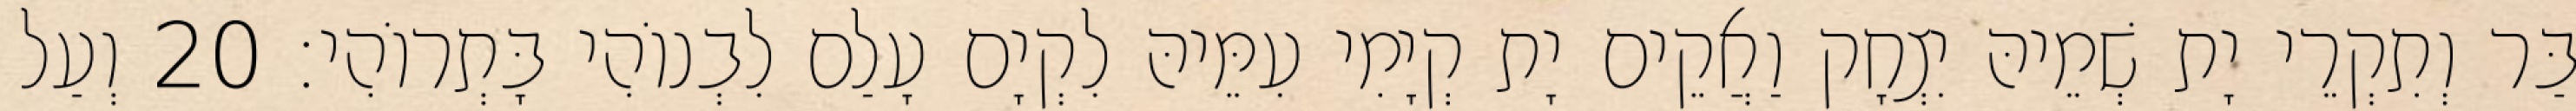
בַּר וְתִקְרֵי יָת שְׁמֵיהּ יִצְחָק וַאֲקֵים יָת קְיָמִי עִמֵּיהּ לִקְיָם עָלַם לִבְנוֹהִי בָּתְרוֹהִי׃ 20 וְעַל